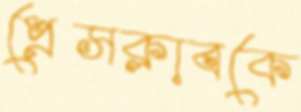
প্রেসক্লাবকে